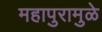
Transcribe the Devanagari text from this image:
महापुरामुळे